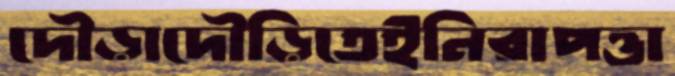
দৌড়াদৌড়িতেইনিরাপত্তা